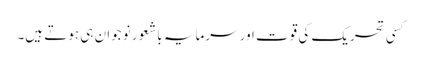
کسی تحریک کی قوت اور سرمایہ باشعور نوجوان ہی ہوتے ہیں۔